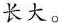
长大。